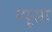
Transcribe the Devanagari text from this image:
म्यूसा